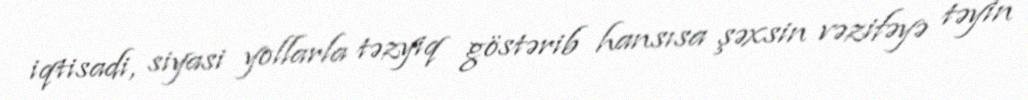
iqtisadi, siyasi yollarla təzyiq göstərib hansısa şəxsin vəzifəyə təyin